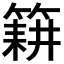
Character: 𮅰